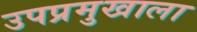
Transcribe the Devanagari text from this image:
उपप्रमुखाला